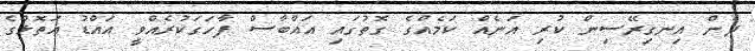
ދެން އިނގިރޭސިން ކުރި އަނެއް ކަމެއްގެ ގޮތުގައި އައްބާސް ފާހަގަކުރެއްވީ އައްޑު އަތޮޅުގެ